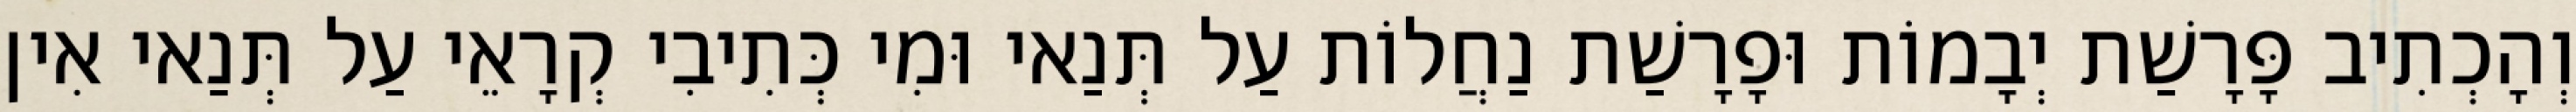
וְהָכְתִיב פָּרָשַׁת יְבָמוֹת וּפָרָשַׁת נַחֲלוֹת עַל תְּנַאי וּמִי כְּתִיבִי קְרָאֵי עַל תְּנַאי אִין